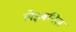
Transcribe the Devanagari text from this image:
लेइबनिज़